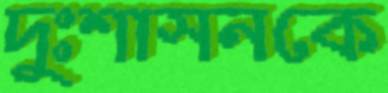
দুঃশাসনকে